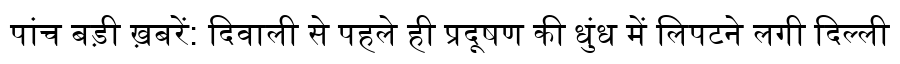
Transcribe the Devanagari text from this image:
पांच बड़ी ख़बरें: दिवाली से पहले ही प्रदूषण की धुंध में लिपटने लगी दिल्ली